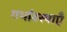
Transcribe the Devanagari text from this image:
गर्भावस्थाएँ